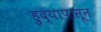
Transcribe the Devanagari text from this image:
हुद्यापासून